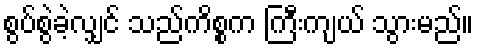
စွပ်စွဲခဲ့လျှင် သည်ကိစ္စက ကြီးကျယ် သွားမည်။